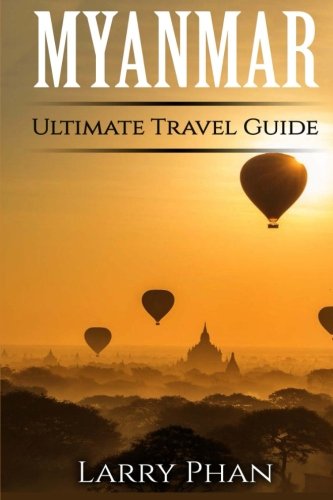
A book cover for Myanmar: Ultimate Pocket Travel Guide to the Rising Greatest Travel Destination; Larry Phan; Travel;